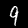
Digit: 9